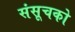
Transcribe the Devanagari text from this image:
संसूचको